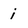
Character: i